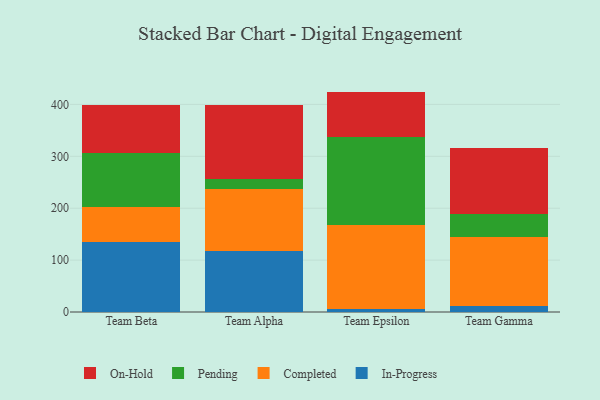
{"axis": {"x": "Team", "y": "Temperature (°C)"}, "legend": ["Completed", "In-Progress", "On-Hold", "Pending"], "data": [{"x": "Team Beta", "y": 135.6, "type": "In-Progress"}, {"x": "Team Beta", "y": 65.8, "type": "Completed"}, {"x": "Team Beta", "y": 105.0, "type": "Pending"}, {"x": "Team Beta", "y": 92.5, "type": "On-Hold"}, {"x": "Team Alpha", "y": 117.6, "type": "In-Progress"}, {"x": "Team Alpha", "y": 118.5, "type": "Completed"}, {"x": "Team Alpha", "y": 20.3, "type": "Pending"}, {"x": "Team Alpha", "y": 143.0, "type": "On-Hold"}, {"x": "Team Epsilon", "y": 5.9, "type": "In-Progress"}, {"x": "Team Epsilon", "y": 161.3, "type": "Completed"}, {"x": "Team Epsilon", "y": 170.7, "type": "Pending"}, {"x": "Team Epsilon", "y": 86.8, "type": "On-Hold"}, {"x": "Team Gamma", "y": 11.1, "type": "In-Progress"}, {"x": "Team Gamma", "y": 133.3, "type": "Completed"}, {"x": "Team Gamma", "y": 44.4, "type": "Pending"}, {"x": "Team Gamma", "y": 128.0, "type": "On-Hold"}]}